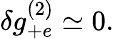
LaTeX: \begin{array}{r}{\delta g_{+e}^{(2)}\simeq 0.}\end{array}